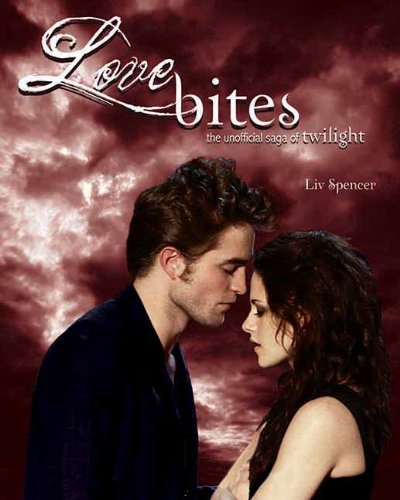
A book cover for Love Bites: The Unofficial Saga of Twilight; Liv Spencer; Teen & Young Adult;